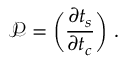
\mathscr { P } = \bigg ( \frac { \partial t _ { s } } { \partial t _ { c } } \bigg ) ~ .